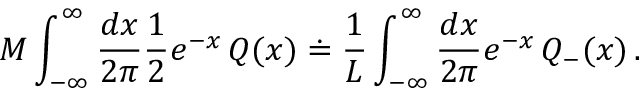
{ \cal M } \displaystyle \int _ { - \infty } ^ { \infty } \displaystyle \frac { d x } { 2 \pi } \displaystyle \frac { 1 } { 2 } e ^ { - x } \, { \cal Q } ( x ) \doteq \displaystyle \frac { 1 } { L } \displaystyle \int _ { - \infty } ^ { \infty } \displaystyle \frac { d x } { 2 \pi } e ^ { - x } \, { \cal Q } _ { - } ( x ) \, .